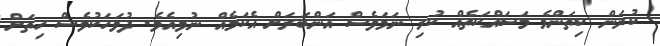
ކުރަން ކިތަންމެ މަސައްކަތެއް ކުރި ނަމަވެސް އަންބަރަށް އެކަމެއް ނުވިއެވެ. ދުވަހަކުވެސް ހިތަށް